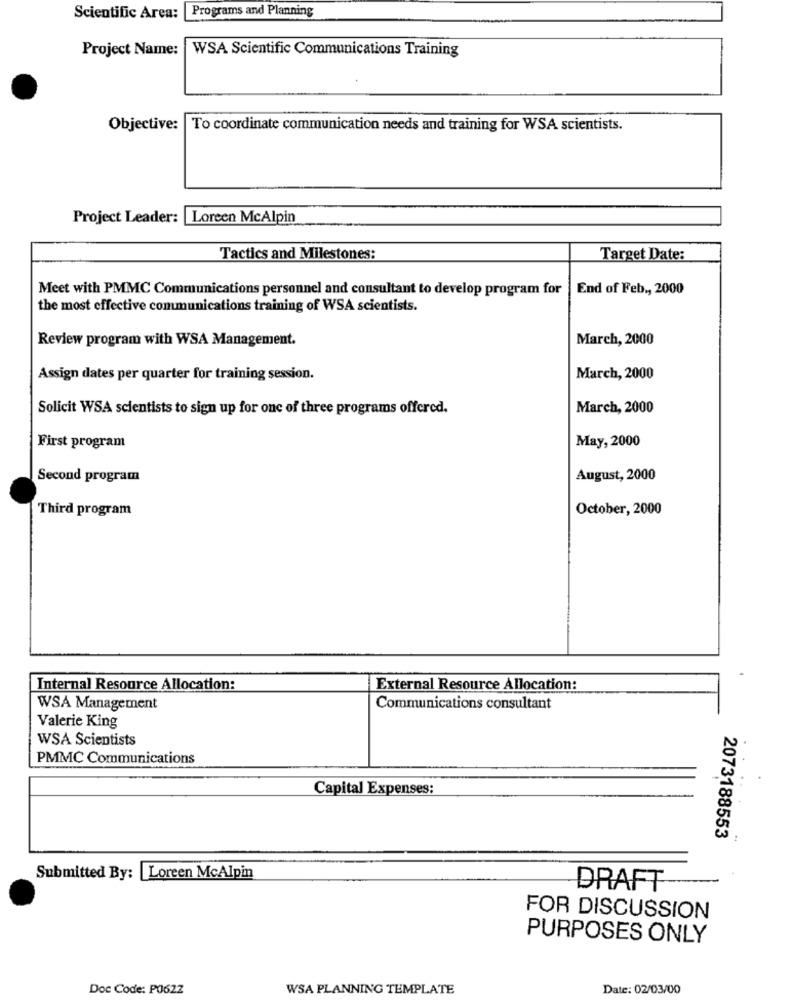
Scientific Area: Programs and Planning
Project Name:
WSA Scientific Communications Training
Objective:
To coordinate communication needs and training for WSA scientists.
Project Leader: Loreen McAlpin
Tactics and Milestones:
Target Date:
Meet with PMMC Communications personnel and consultant to develop program for
End of Feb ., 2000
the most effective communications training of WSA scientists.
Review program with WSA Management.
March, 2000
Assign dates per quarter for training session.
March, 2000
Solicit WSA scientists to sign up for one of three programs offered.
March, 2000
May, 2000
First program
Second program
August, 2000
Third program
October, 2000
Internal Resource Allocation:
External Resource Allocation:
WSA Management
Communications consultant
Valerie King
WSA Scientists
PMMC Communications
Capital Expenses:
2073188553
Submitted By: |Loreen McAlpin
DRAFT
FOR DISCUSSION
PURPOSES ONLY
Doc Code: P0622
WSA PLANNING TEMPLATE
Date: 02/03/00